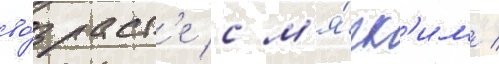
во́зраст'е с м'я́гк'им /